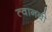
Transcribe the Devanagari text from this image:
त्वानबी